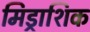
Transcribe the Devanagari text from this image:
मिड्राशिक